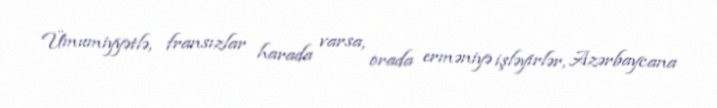
Ümumiyyətlə, fransızlar harada varsa, orada erməniyə işləyirlər, Azərbaycana